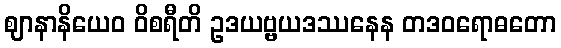
ဈာနာနိယေဝ ဝိစရီတိ ဥဒယဗ္ဗယဒဿနေန တဒဝရောဓတော